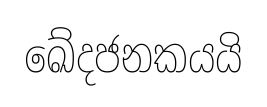
ඛේදජනකයයි